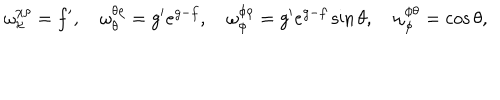
\omega _ { \chi } ^ { \chi \rho } = f ^ { \prime } , \quad \omega _ { \theta } ^ { \theta \rho } = g ^ { \prime } e ^ { g - f } , \quad \omega _ { \phi } ^ { \phi \rho } = g ^ { \prime } e ^ { g - f } \sin { \theta } , \quad \omega _ { \phi } ^ { \phi \theta } = \cos { \theta } ,